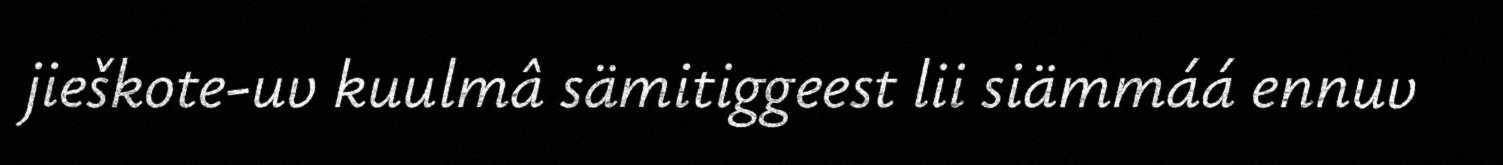
jieškote-uv kuulmâ sämitiggeest lii siämmáá ennuv